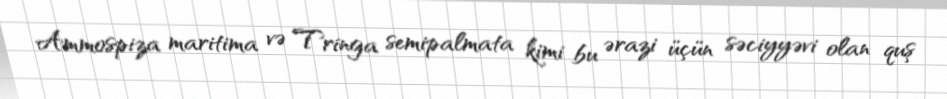
Ammospiza maritima və Tringa semipalmata kimi bu ərazi üçün səciyyəvi olan quş